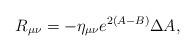
LaTeX: \begin{align*}R_{\mu\nu}=-\eta_{\mu\nu}e^{2(A-B)}\Delta A, \end{align*}